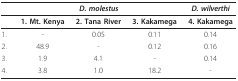
|  | <COLSPAN=3> D. molestus | D. wilverthi |
 | --- | --- | --- | --- | --- |
 |  | 1. Mt. Kenya | 2. Tana River | 3. Kakamega | 4. Kakamega |
 | 1. | - | 0.05 | 0.11 | 0.14 |
 | 2. | 48.9 | - | 0.12 | 0.16 |
 | 3. | 1.9 | 4.1 | - | 0.14 |
 | 4. | 3.8 | 1.0 | 18.2 | - |